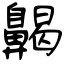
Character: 齃